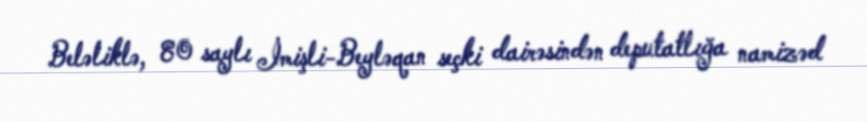
Beləliklə, 80 saylı İmişli-Beyləqan seçki dairəsindən deputatlığa namizəd